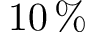
1 0 \, \%